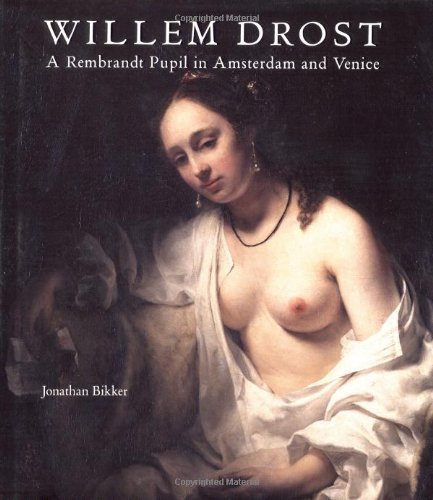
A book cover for Willem Drost: A Rembrandt Pupil in Amsterdam and Venice; Jonathan Bikker; Travel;